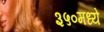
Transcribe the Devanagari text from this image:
३५०मध्ये